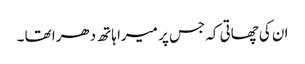
ان کی چھاتی کہ جس پر میرا ہاتھ دھرا تھا ۔